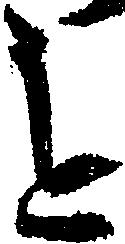
を